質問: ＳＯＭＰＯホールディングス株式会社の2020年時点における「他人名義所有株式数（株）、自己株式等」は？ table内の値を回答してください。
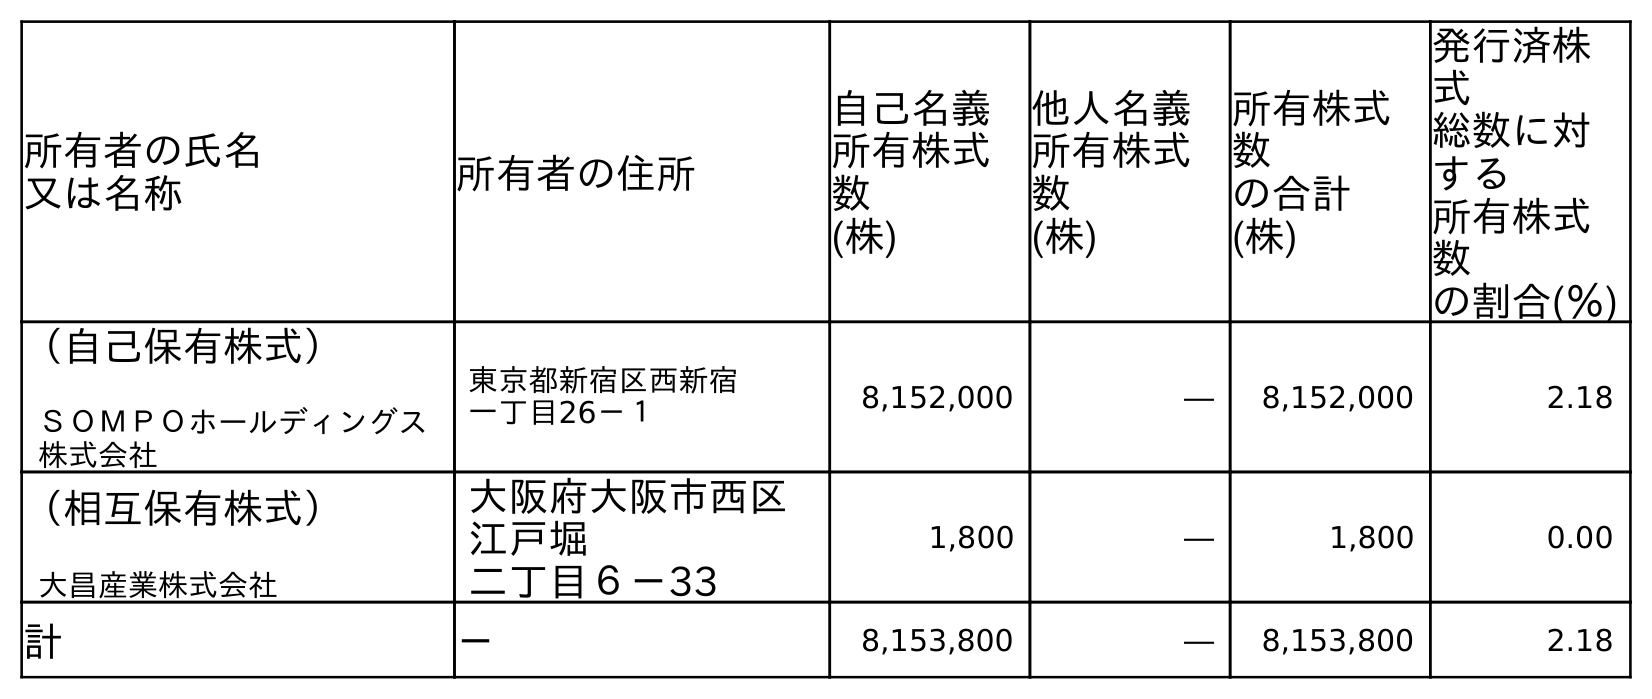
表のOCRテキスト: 所有者の氏名 又は名称 所有者の住所 自己名義 所有株式 数 (株) 他人名義 所有株式 数 (株) 所有株式 数 の合計 (株) 発行済株 式 総数に対 する 所有株式 数 の割合(％) （自己保有株式） ＳＯＭＰＯホールディングス 株式会社 東京都新宿区西新宿 一丁目26－１ 8,152,000 ― 8,152,000 2.18 （相互保有株式） 大昌産業株式会社 大阪府大阪市西区 江戶堀 二丁目６－33 1,800 ― 1,800 0.00 計 － 8,153,800 ― 8,153,800 2.18
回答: ―